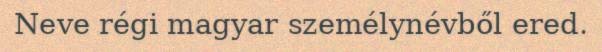
Neve régi magyar személynévből ered.